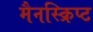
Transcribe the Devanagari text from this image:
मैनस्क्रिप्ट